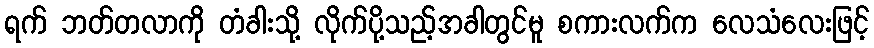
ရက် ဘတ်တလာကို တံခါးသို့ လိုက်ပို့သည့်အခါတွင်မူ စကားလက်က လေသံလေးဖြင့်